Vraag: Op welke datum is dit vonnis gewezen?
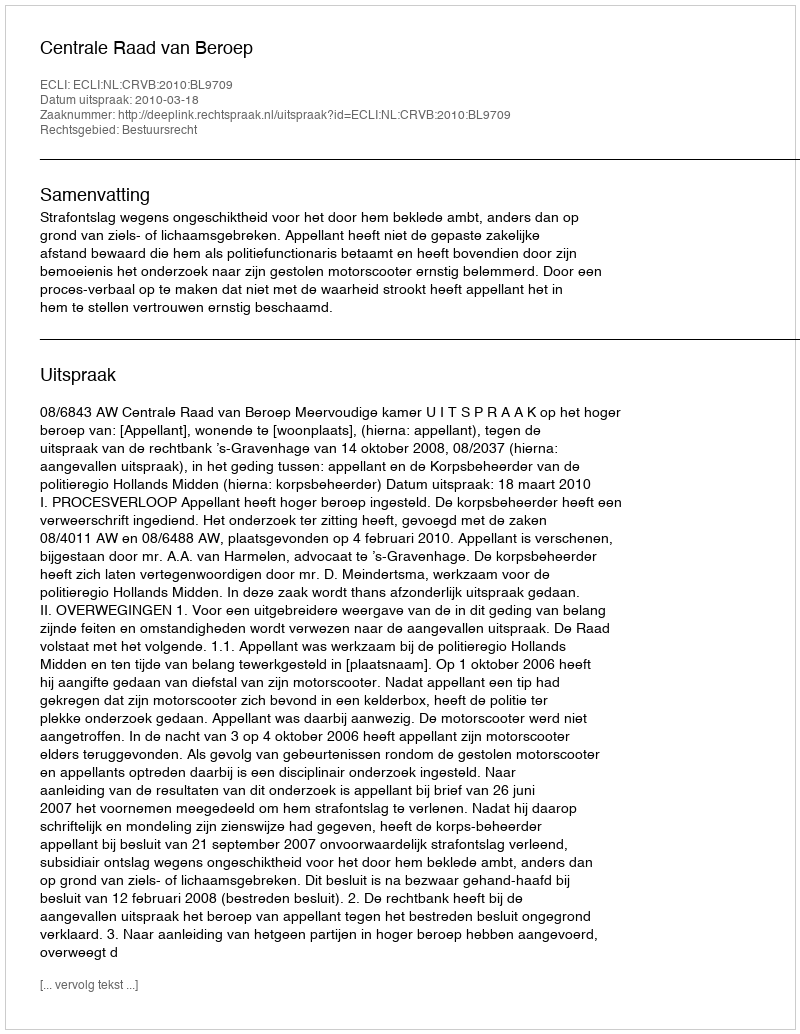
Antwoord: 2010-03-18